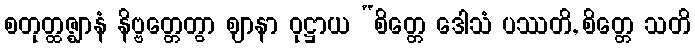
စတုတ္ထဇ္ဈာနံ နိဗ္ဗတ္တေတွာ ဈာနာ ဝုဋ္ဌာယ “စိတ္တေ ဒေါသံ ပဿတိ, စိတ္တေ သတိ